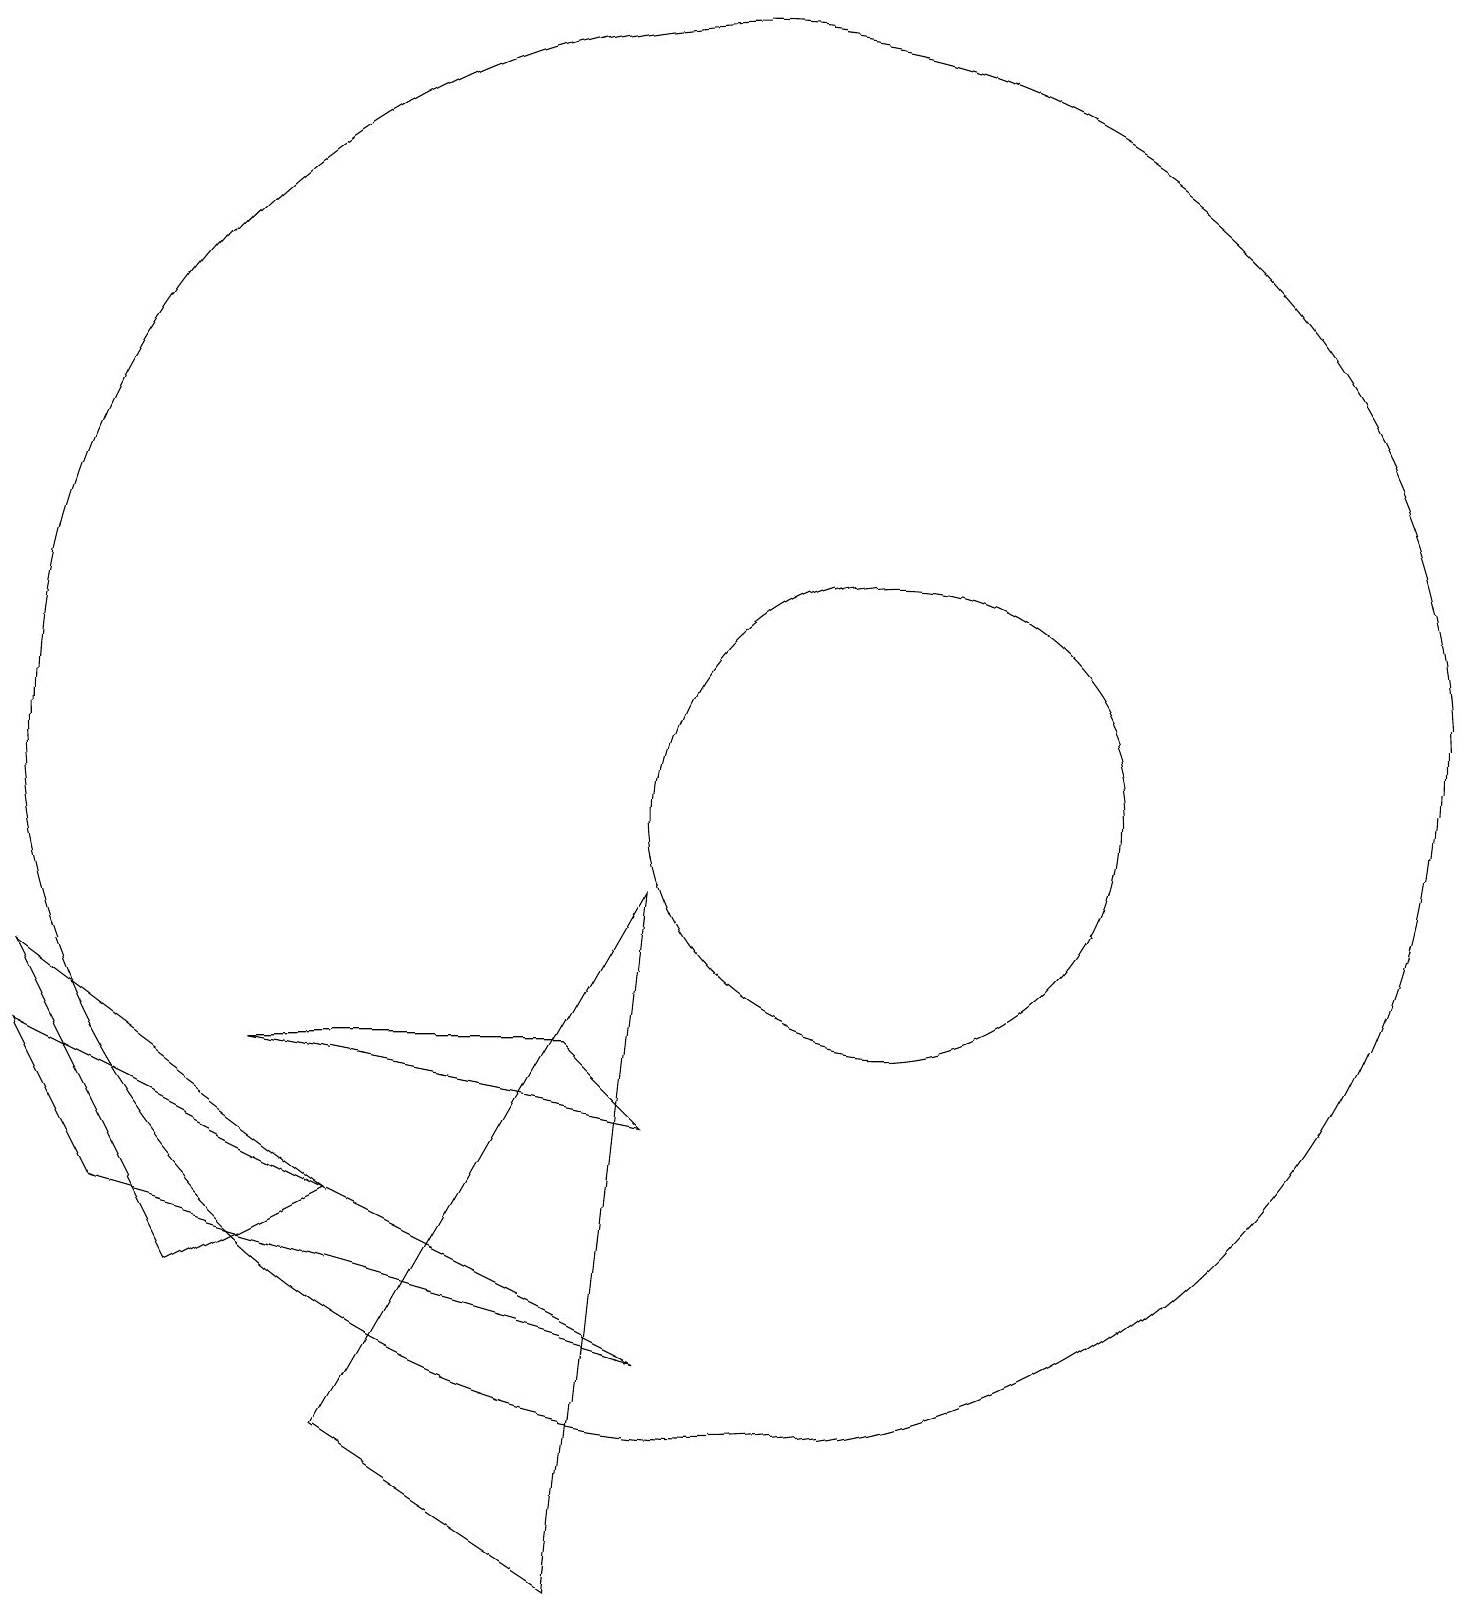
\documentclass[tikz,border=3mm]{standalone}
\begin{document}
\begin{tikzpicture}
\draw (12,10) circle (3);
\draw (1,7) -- (2,5) -- (9,3) -- cycle;
\draw (5,5) -- (3,4) -- (1,8) -- cycle;
\draw (5,2) -- (9,9) -- (8,0) -- cycle;
\draw (10,11) circle (9);
\draw (9,6) -- (8,7) -- (4,7) -- cycle;
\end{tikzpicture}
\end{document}